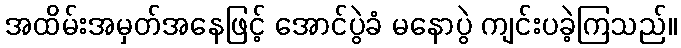
အထိမ်းအမှတ်အနေဖြင့် အောင်ပွဲခံ မနောပွဲ ကျင်းပခဲ့ကြသည်။